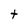
Character: t